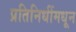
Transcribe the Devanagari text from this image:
प्रतिनिधींमधून